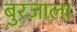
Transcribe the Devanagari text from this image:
बुरजाला